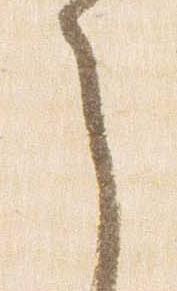
之